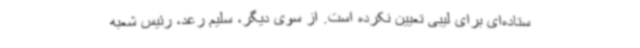
ستاده‌ای برای لیبی تعیین نکرده است. از سوی دیگر، سلیم رعد، رئیس شعبه